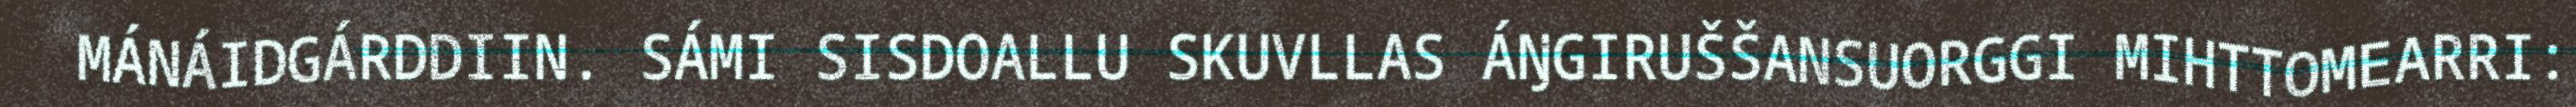
MÁNÁIDGÁRDDIIN. SÁMI SISDOALLU SKUVLLAS ÁŊGIRUŠŠANSUORGGI MIHTTOMEARRI: